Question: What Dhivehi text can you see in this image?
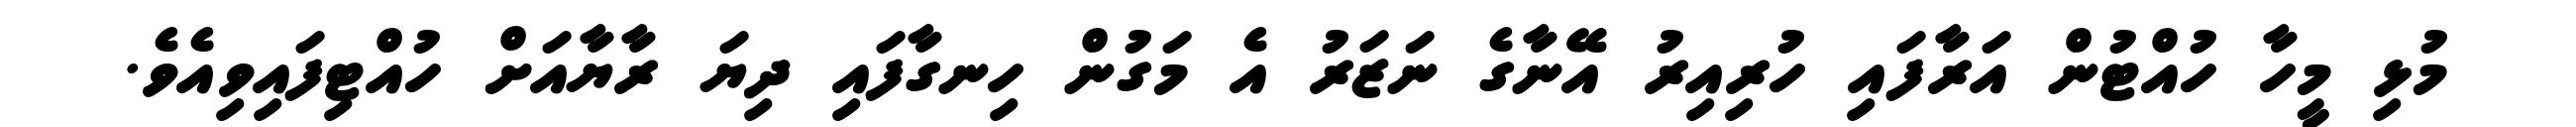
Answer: މުޅި މީހާ ހުއްޓުން އަރާފައި ހުރިއިރު އޭނާގެ ނަޒަރު އެ މަގުން ހިނގާފައި ދިޔަ ރާޔާއަށް ހުއްޓިފައިވިއެވެ.